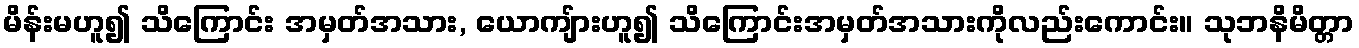
မိန်းမဟူ၍ သိကြောင်း အမှတ်အသား, ယောကျ်ားဟူ၍ သိကြောင်းအမှတ်အသားကိုလည်းကောင်း။ သုဘနိမိတ္တာ